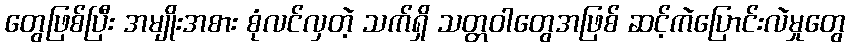
တွေဖြစ်ပြီး အမျိုးအစား စုံလင်လှတဲ့ သက်ရှိ သတ္တဝါတွေအဖြစ် ဆင့်ကဲပြောင်းလဲမှုတွေ